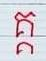
គ្គ